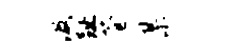
汲趾苍某